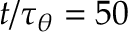
t / \tau _ { \theta } = 5 0